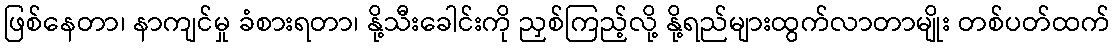
ဖြစ်နေတာ၊ နာကျင်မှု ခံစားရတာ၊ နို့သီးခေါင်းကို ညှစ်ကြည့်လို့ နို့ရည်များထွက်လာတာမျိုး တစ်ပတ်ထက်